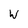
Character: W